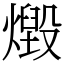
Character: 燬